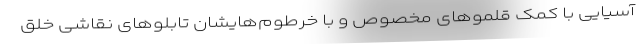
آسیایی با کمک قلموهای مخصوص و با خرطوم‌هایشان تابلوهای نقاشی خلق